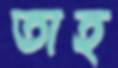
তাহ